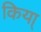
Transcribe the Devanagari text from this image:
किया्